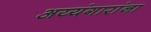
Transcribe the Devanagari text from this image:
अय्यंगारांना